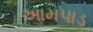
આમપાડ